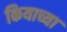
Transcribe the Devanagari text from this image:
कियाच्या